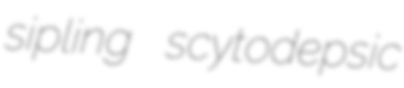
sipling scytodepsic